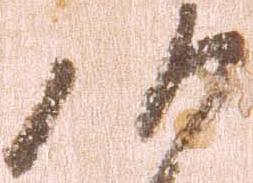
候